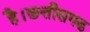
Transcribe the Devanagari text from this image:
है।छत्तीसगढ